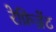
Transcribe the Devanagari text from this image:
रेफ्रिज्रेंट